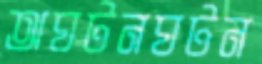
অঘটনঘটন